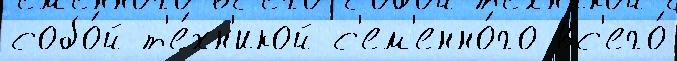
собо́й т'е́хн'икой с'ем'енно́го вс'его́